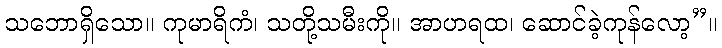
သဘောရှိသော။ ကုမာရိကံ၊ သတို့သမီးကို။ အာဟရထ၊ ဆောင်ခဲ့ကုန်လော့”။